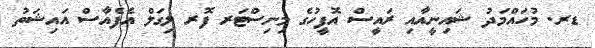
ޑރ. މުހައްމަދު ޝައިނީއާއި ރައީސް އޮފީހުގެ މިނިސްޓަރ ފޮރ ލިގަލް އެފެއާސް އައިޝަތު